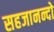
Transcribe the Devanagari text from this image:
सहजानन्दो